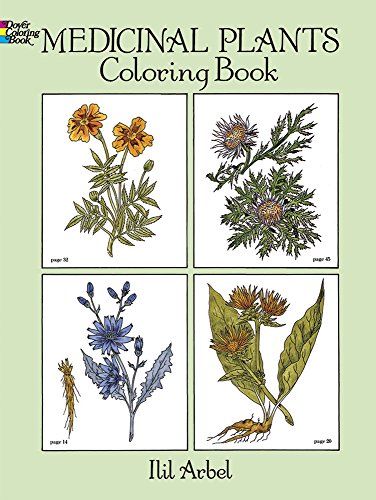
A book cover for Medicinal Plants Coloring Book (Dover Nature Coloring Book); Ilil Arbel; Children's Books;